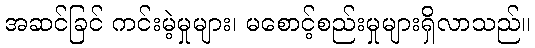
အဆင်ခြင် ကင်းမဲ့မှုများ၊ မစောင့်စည်းမှုများရှိလာသည်။